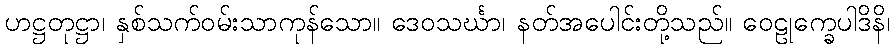
ဟဋ္ဌတုဋ္ဌာ၊ နှစ်သက်ဝမ်းသာကုန်သော။ ဒေဝသင်္ဃာ၊ နတ်အပေါင်းတို့သည်။ ဝေဠုက္ခေပါဒိနိ၊